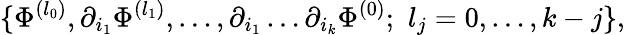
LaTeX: \{ \Phi^{(l_{0})},\partial_{i_{1}}\Phi^{(l_{1})},\ldots,\partial_{i_{1}}\dots\partial_{i_{k}}\Phi^{(0)};\, \, l_{j}=0,\ldots,k-j\} ,